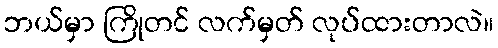
ဘယ်မှာ ကြိုတင် လက်မှတ် လုပ်ထားတာလဲ။